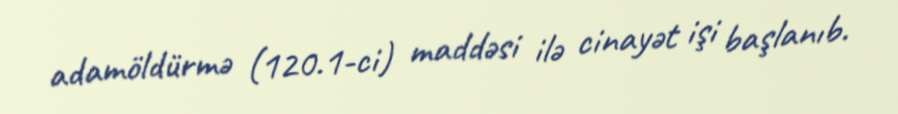
adamöldürmə (120.1-ci) maddəsi ilə cinayət işi başlanıb.